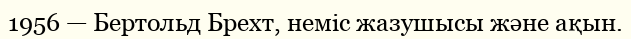
1956 — Бертольд Брехт, неміс жазушысы және ақын.